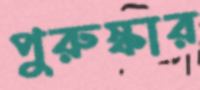
পুরুস্কার